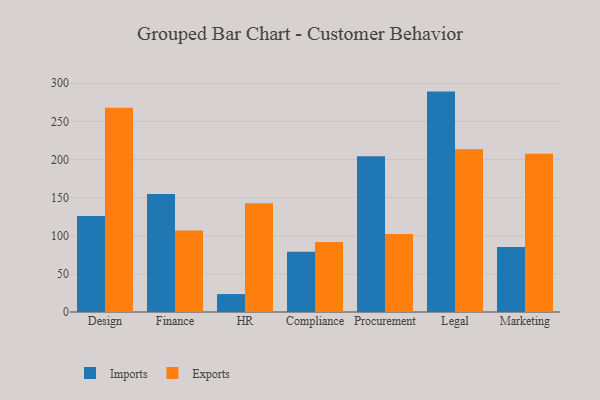
{"axis": {"x": "Department", "y": "LTV (USD)"}, "legend": ["Exports", "Imports"], "data": [{"x": "Design", "y": 125.9, "type": "Imports"}, {"x": "Design", "y": 268.0, "type": "Exports"}, {"x": "Finance", "y": 154.7, "type": "Imports"}, {"x": "Finance", "y": 107.0, "type": "Exports"}, {"x": "HR", "y": 23.5, "type": "Imports"}, {"x": "HR", "y": 142.6, "type": "Exports"}, {"x": "Compliance", "y": 79.1, "type": "Imports"}, {"x": "Compliance", "y": 91.7, "type": "Exports"}, {"x": "Procurement", "y": 204.3, "type": "Imports"}, {"x": "Procurement", "y": 102.3, "type": "Exports"}, {"x": "Legal", "y": 289.1, "type": "Imports"}, {"x": "Legal", "y": 213.4, "type": "Exports"}, {"x": "Marketing", "y": 85.2, "type": "Imports"}, {"x": "Marketing", "y": 207.7, "type": "Exports"}]}